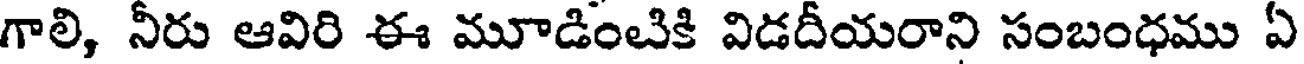
గాలి, నీరు ఆవిరి ఈ మూడింటికి విడదీయరాని సంబంధము ఏ